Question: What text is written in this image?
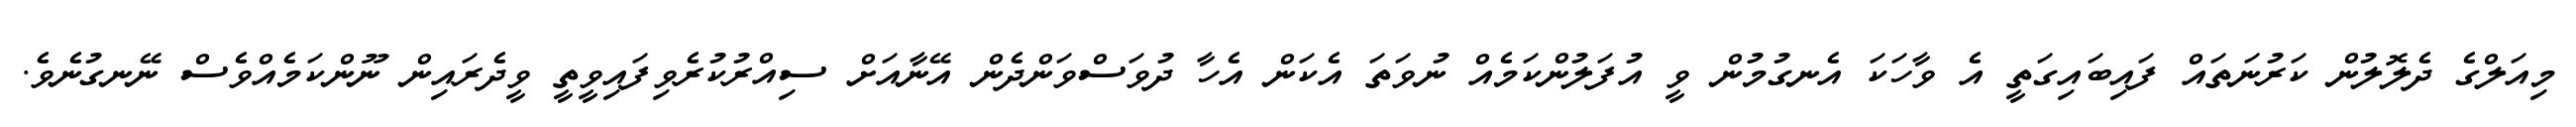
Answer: މިއަލްގެ ދެލޮލުން ކަރުނަތައް ފައިބައިގަތީ އެ ވާހަކަ އެނގުމުން ވީ އުފަލުންކަމެއް ނުވަތަ އެކަން އެހާ ދުވަސްވަންދެން އޭނާއަށް ސިއްރުކުރެވިފައިވީތީ ވީދެރައިން ނޫންކަމެއްވެސް ނޭނގުނެވެ.